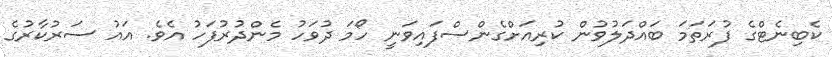
ކެބިނެޓްގެ ފުރަތަމަ ބައްދަލުވުން ކުރިއަށްގެންސްފައިވަނީ ހޯމަ ދުވަހު މެންދުރުފަހު އެވެ. އައު ސަރުކާރުގެ